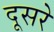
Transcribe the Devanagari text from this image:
दूसरेे